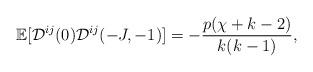
LaTeX: \begin{align*} \mathbb{E}[\mathcal{D}^{ij}(0)\mathcal{D}^{ij}(-J,-1)] = - \frac{p(\chi+k-2)}{k(k-1)},\end{align*}